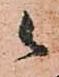
候